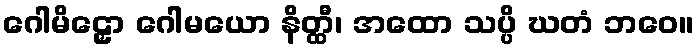
ဂေါမိဠှော ဂေါမယော နိတ္ထီ၊ အထော သပ္ပိ ဃတံ ဘဝေ။